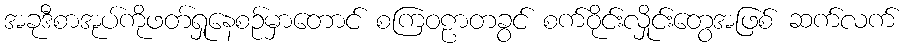
အခုဒီစာအုပ်ကိုဖတ်ရှုနေစဉ်မှာတောင် စကြဝဠာတခွင် စက်ဝိုင်းလှိုင်းတွေအဖြစ် ဆက်လက်